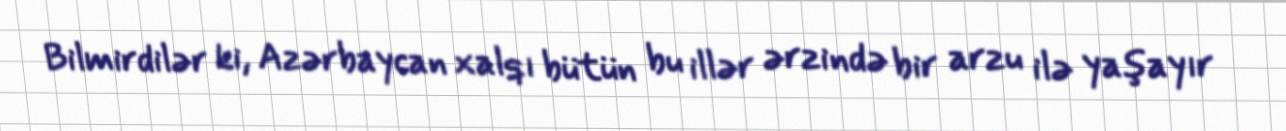
Bilmirdilər ki, Azərbaycan xalqı bütün bu illər ərzində bir arzu ilə yaşayır